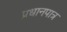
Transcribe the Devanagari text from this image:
प्रधानपात्र